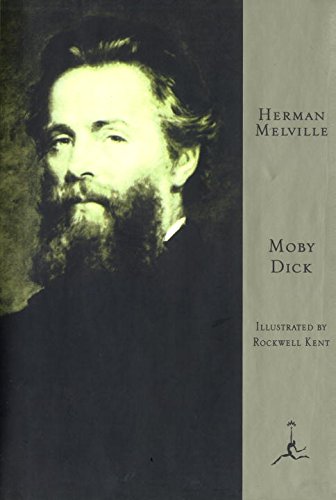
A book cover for Moby Dick: or the Whale (Modern Library); Herman Melville; Literature & Fiction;